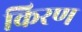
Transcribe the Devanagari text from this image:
किरण